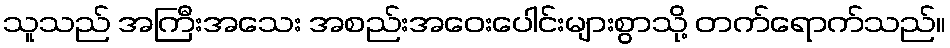
သူသည် အကြီးအသေး အစည်းအဝေးပေါင်းများစွာသို့ တက်ရောက်သည်။